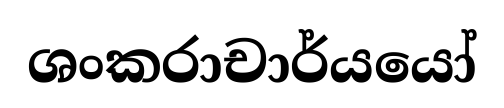
ශංකරාචාර්යයෝ